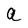
Character: a